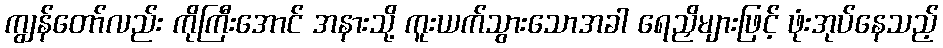
ကျွန်တော်လည်း ကိုကြီးအောင် အနားသို့ ကူးယက်သွားသောအခါ ရေညှိများဖြင့် ဖုံးအုပ်နေသည့်